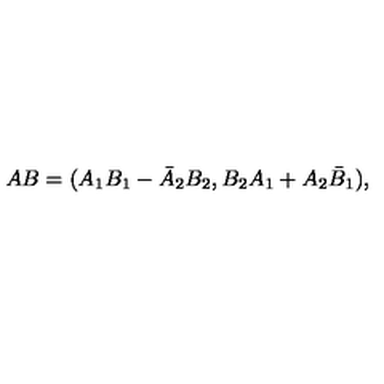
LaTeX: A B = ( A _ { 1 } B _ { 1 } - \bar { A } _ { 2 } B _ { 2 } , B _ { 2 } A _ { 1 } + A _ { 2 } \bar { B } _ { 1 } ) ,